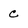
Character: C